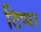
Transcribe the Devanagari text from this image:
टिप्पर